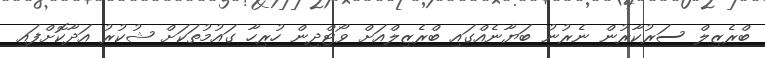
ބްރެޒިލް ސަރުކާރުން ނެރުނު ބަޔާނެއްގައި ބްރެޒިލްއަށް ވޯޓްދިން ހުރިހާ ގައުމުތަކަށް ޝުކުރު އަދާކޮށްފައި